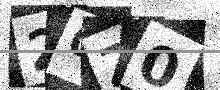
Text: 20Z0